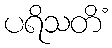
ပရိသတိံ